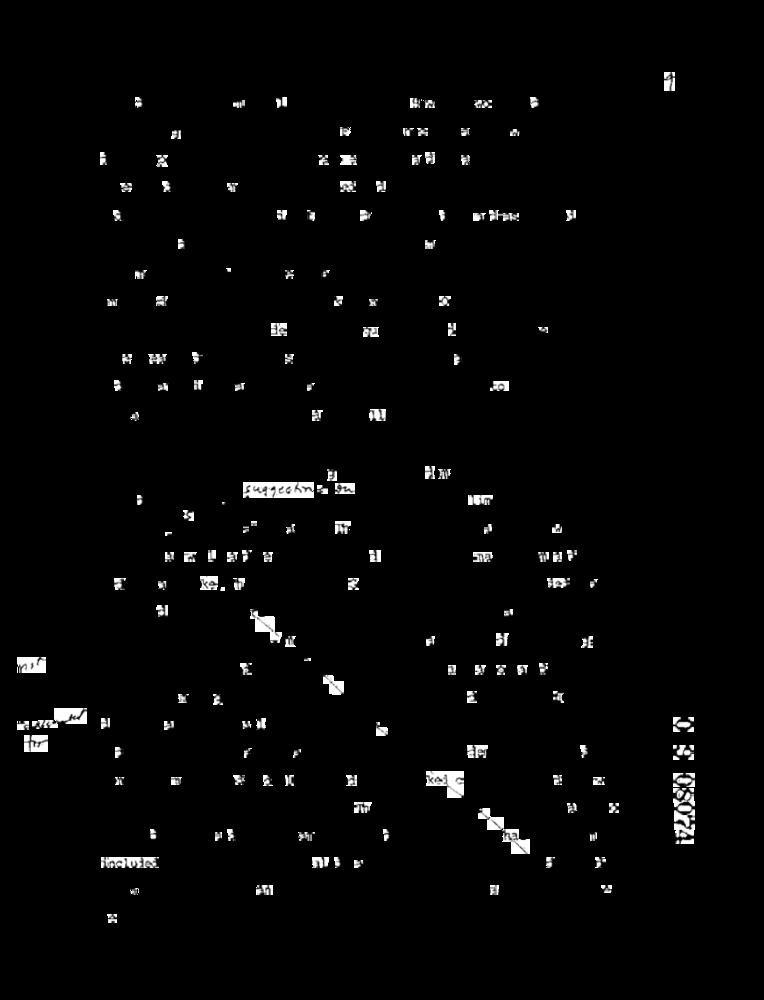
suggesting on
L
H
kan
E
ET
KAL c
3: